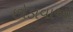
છોડાવાઓ